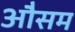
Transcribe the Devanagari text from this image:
औसम